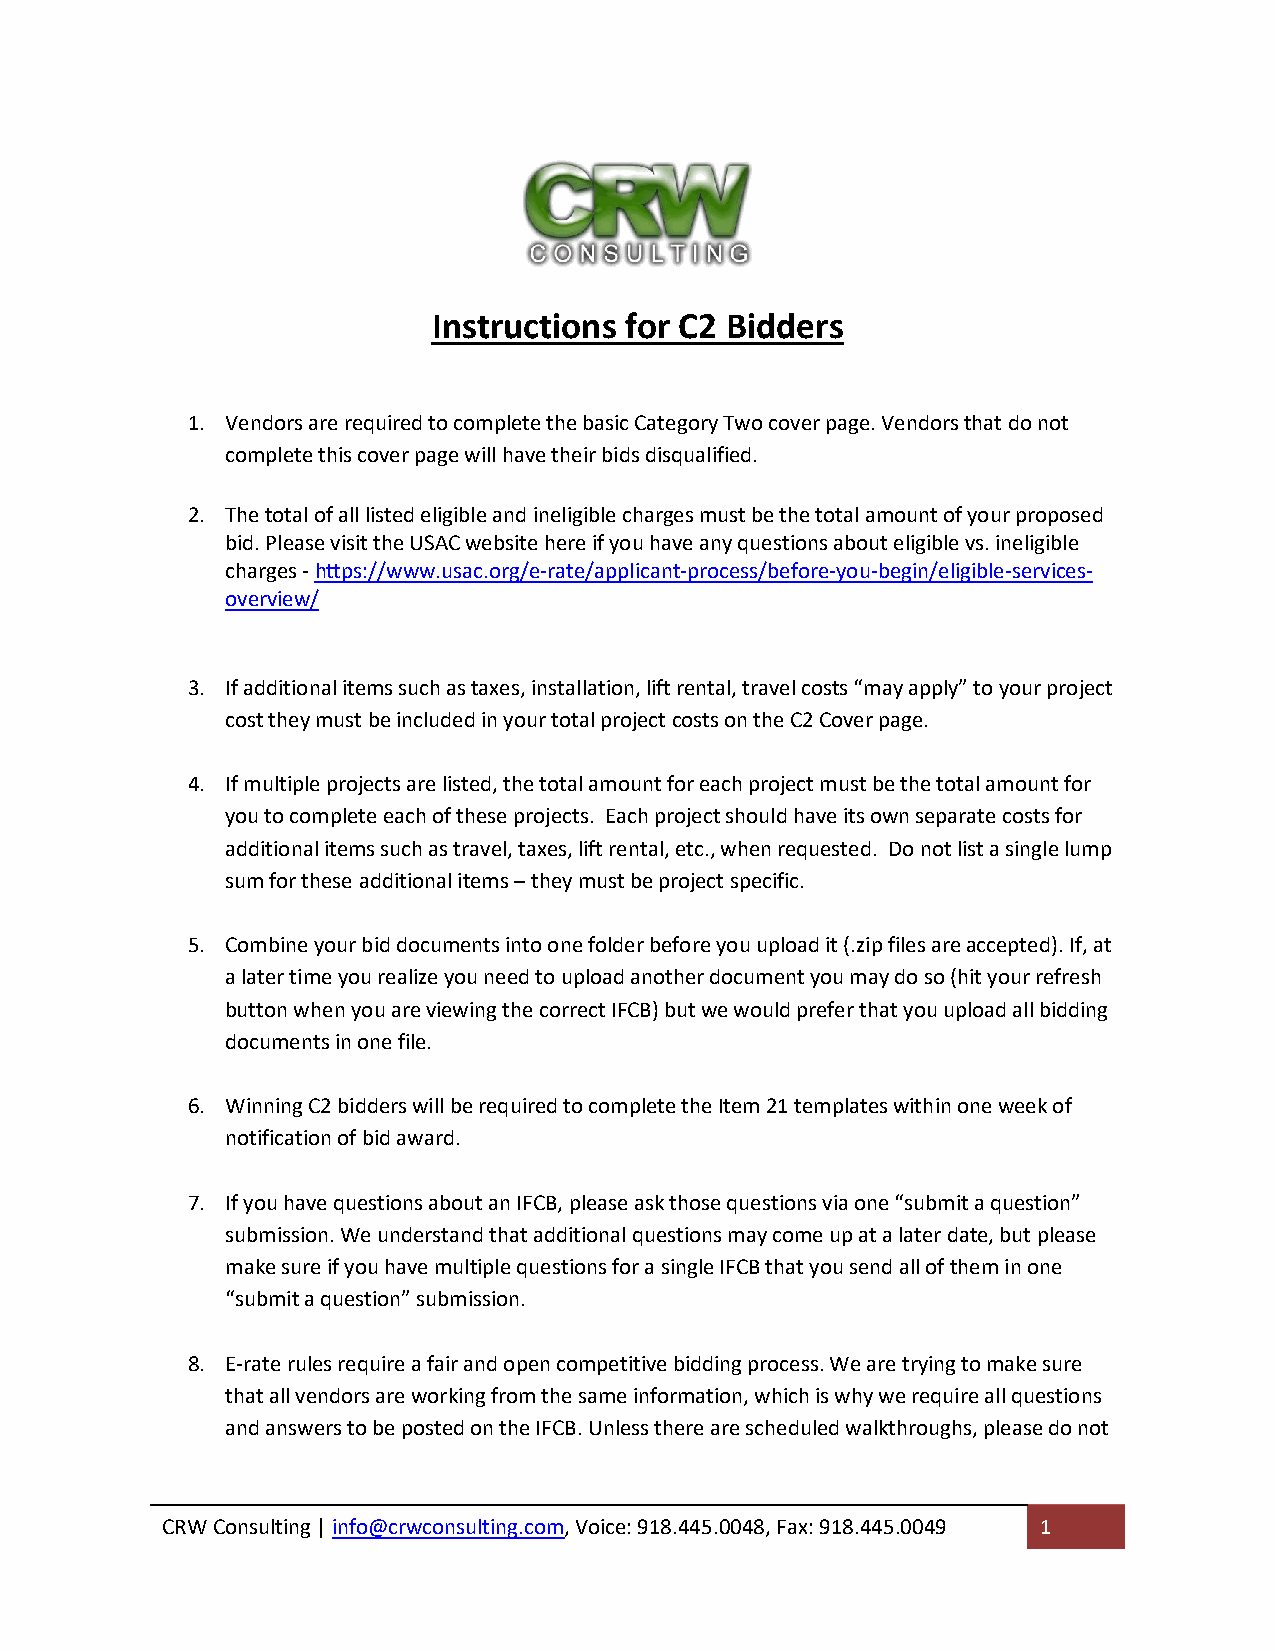
Instructions for C2 Bidders
 1. Vendors are required to complete the basic Category Two cover page. Vendors that do not
 complete this cover page will have their bids disqualified.
 2. The total of all listed eligible and ineligible charges must be the total amount of your proposed
 bid. Please visit the USAC website here if you have any questions about eligible vs. ineligible
 charges - https://www.usac.org/e-rate/applicant-process/before-you-begin/eligible-services-
 overview/
 3. If additional items such as taxes, installation, lift rental, travel costs “may apply” to your project
 cost they must be included in your total project costs on the C2 Cover page.
 4. If multiple projects are listed, the total amount for each project must be the total amount for
 you to complete each of these projects. Each project should have its own separate costs for
 additional items such as travel, taxes, lift rental, etc., when requested. Do not list a single lump
 sum for these additional items – they must be project specific.
 5. Combine your bid documents into one folder before you upload it (.zip files are accepted). If, at
 a later time you realize you need to upload another document you may do so (hit your refresh
 button when you are viewing the correct IFCB) but we would prefer that you upload all bidding
 documents in one file.
 6. Winning C2 bidders will be required to complete the Item 21 templates within one week of
 notification of bid award.
 7. If you have questions about an IFCB, please ask those questions via one “submit a question”
 submission. We understand that additional questions may come up at a later date, but please
 make sure if you have multiple questions for a single IFCB that you send all of them in one
 “submit a question” submission.
 8. E-rate rules require a fair and open competitive bidding process. We are trying to make sure
 that all vendors are working from the same information, which is why we require all questions
 and answers to be posted on the IFCB. Unless there are scheduled walkthroughs, please do not
 CRW Consulting | info@crwconsulting.com, Voice: 918.445.0048, Fax: 918.445.0049 1